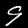
Label: 9